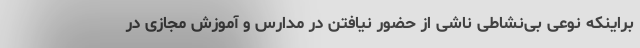
براینکه نوعی بی‌نشاطی ناشی از حضور نیافتن در مدارس و آموزش مجازی در